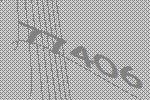
77406